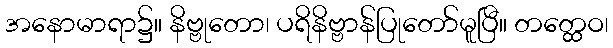
အနောမာရာ၌။ နိဗ္ဗုတော၊ ပရိနိဗ္ဗာန်ပြုတော်မူပြီ။ တတ္ထေဝ၊